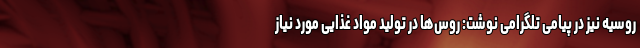
روسیه نیز در پیامی تلگرامی نوشت: روس‌ها در تولید مواد غذایی مورد نیاز